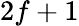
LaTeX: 2f+1